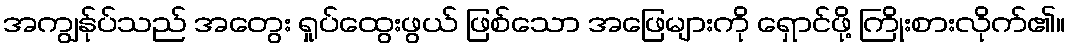
အကျွန်ုပ်သည် အတွေး ရှုပ်ထွေးဖွယ် ဖြစ်သော အဖြေများကို ရှောင်ဖို့ ကြိုးစားလိုက်၏။